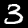
Digit: 3